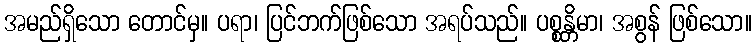
အမည်ရှိသော တောင်မှ။ ပရာ၊ ပြင်ဘက်ဖြစ်သော အရပ်သည်။ ပစ္စန္တိမာ၊ အစွန် ဖြစ်သော။